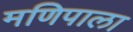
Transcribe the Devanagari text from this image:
मणिपाला